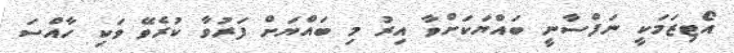
އޯޓިޒަމަކީ ނަފްސާނީ ބައްޔަކަށްވާ އިރު މި ބައްޔަށް ފަރުވާ ކުރެވޭ ވަކި ހާއްސަ